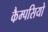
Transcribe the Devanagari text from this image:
कैम्पसियो